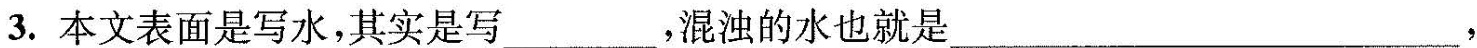
3.本文表面是写水，其实是写___,浑浊的水也就是___,